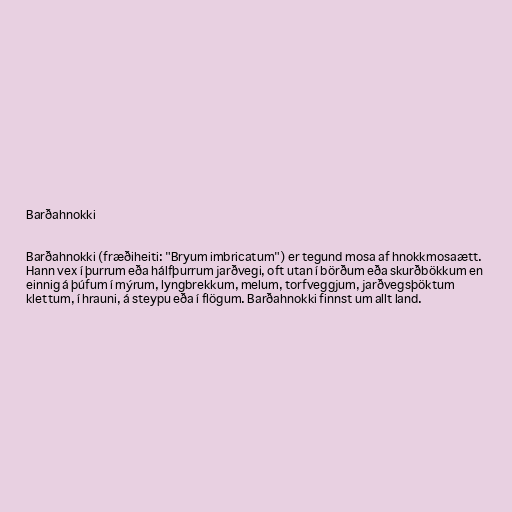
Barðahnokki

Barðahnokki (fræðiheiti: "Bryum imbricatum") er tegund mosa af hnokkmosaætt.
Hann vex í þurrum eða hálfþurrum jarðvegi, oft utan í börðum eða skurðbökkum en
einnig á þúfum í mýrum, lyngbrekkum, melum, torfveggjum, jarðvegsþöktum
klettum, í hrauni, á steypu eða í flögum. Barðahnokki finnst um allt land.